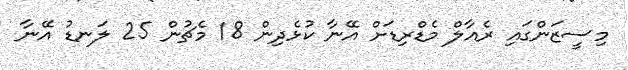
މިސީޒަންގައި ރެއާލް މެޑްރިޑަށް އޭނާ ކުޅެދިން 18 މެޗުން 25 ލަނޑު އޭނާ